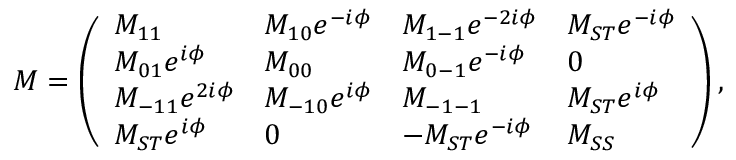
\begin{array} { r } { M = \left( \begin{array} { l l l l } { M _ { 1 1 } } & { M _ { 1 0 } e ^ { - i \phi } } & { M _ { 1 - 1 } e ^ { - 2 i \phi } } & { M _ { S T } e ^ { - i \phi } } \\ { M _ { 0 1 } e ^ { i \phi } } & { M _ { 0 0 } } & { M _ { 0 - 1 } e ^ { - i \phi } } & { 0 } \\ { M _ { - 1 1 } e ^ { 2 i \phi } } & { M _ { - 1 0 } e ^ { i \phi } } & { M _ { - 1 - 1 } } & { M _ { S T } e ^ { i \phi } } \\ { M _ { S T } e ^ { i \phi } } & { 0 } & { - M _ { S T } e ^ { - i \phi } } & { M _ { S S } } \end{array} \right) , } \end{array}